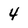
Character: 4